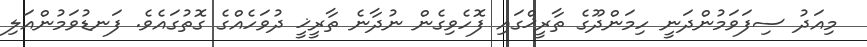
މިއަދު ސިފަވަމުންދަނީ ހިމަންދޫގެ ތާރީޚްގައި ފޮހެވިގެން ނުދާނެ ތާރީޚީ ދުވަހެއްގެ ގޮތުގައެވެ. ފަނޑުވަމުންއަލި